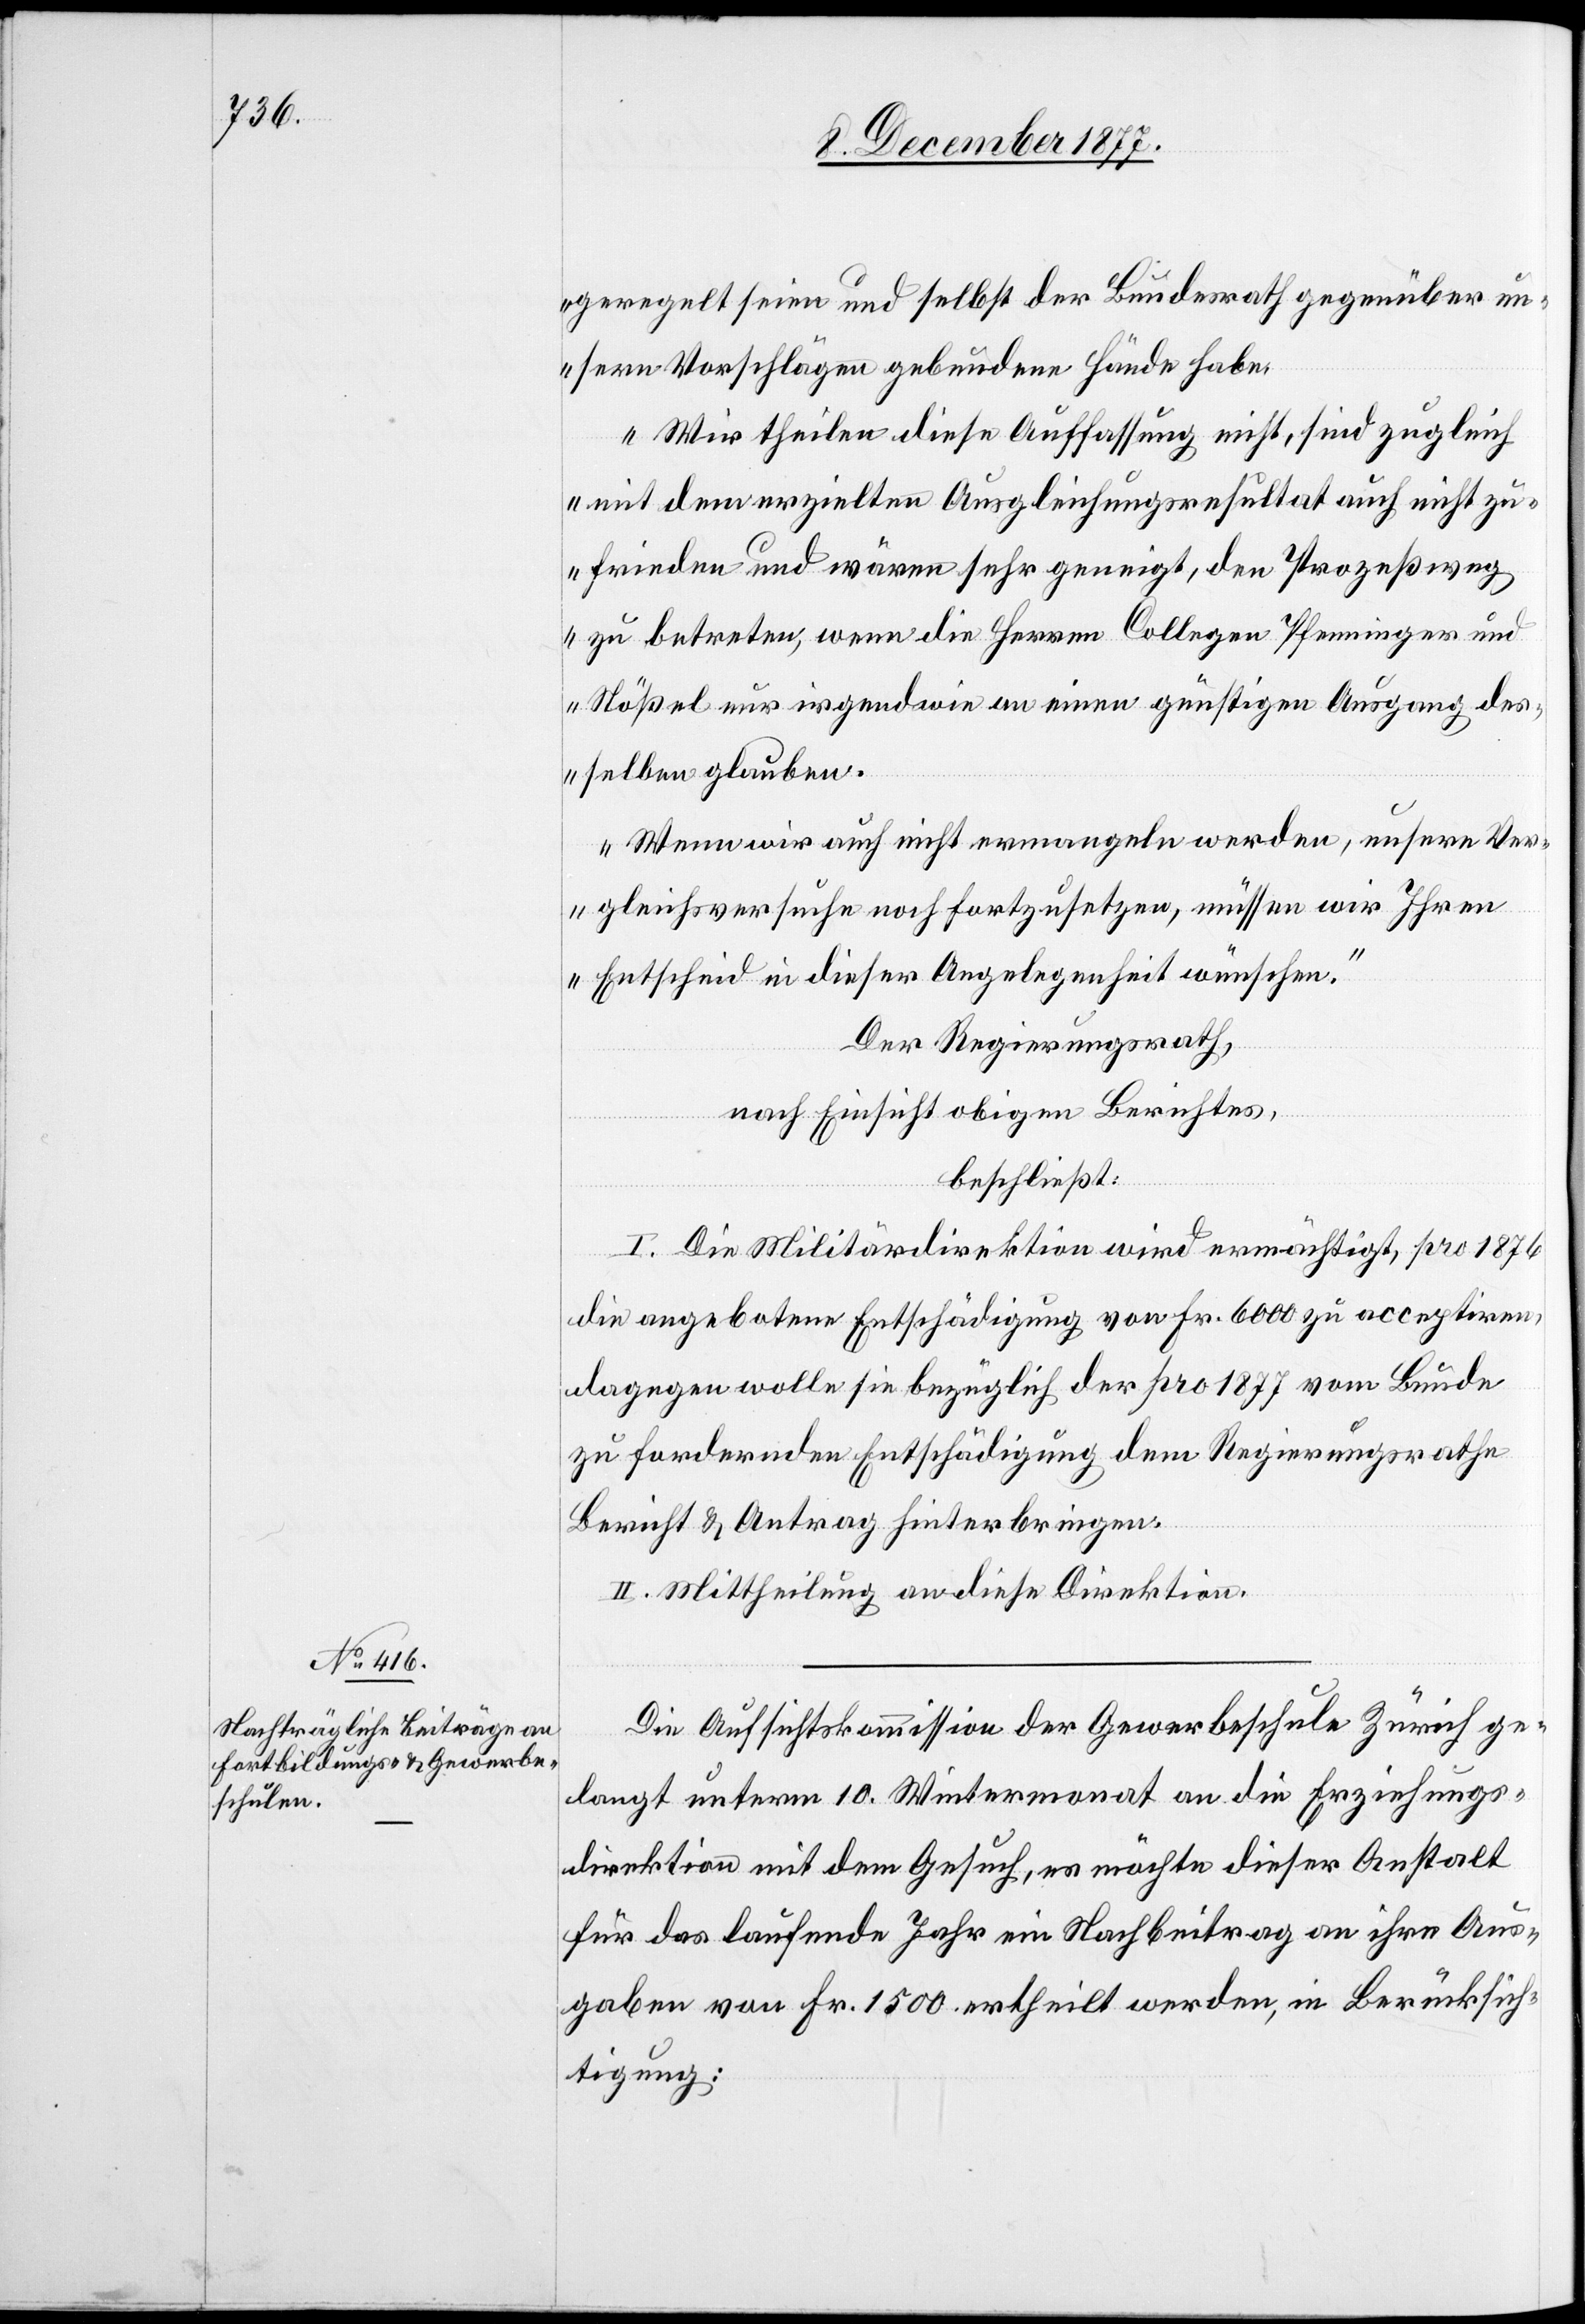
geregelt seien und selbst der Bundesrath gegenüber un¬
sern Vorschlägen gebundene Hände habe.
Wir theilen diese Auffassung nicht, sind zugleich
mit dem erzielten Ausgleichungsresultat auch nicht zu¬
frieden und wären sehr geneigt, den Prozeßweg
zu betreten, wenn die Herren Collegen Pfenninger und
Stößel nur irgendwie an einen günstigen Ausgang des¬
selben glauben.
Wenn wir auch nicht ermangeln werden, unsere Ver¬
gleichsversuche noch fortzusetzen, müssen wir Ihren
Entscheid in dieser Angelegenheit wünschen.“
Der Regierungsrath,
nach Einsicht obigen Berichtes,
beschließt:
I. Die Militärdirektion wird ermächtigt, pro 1876
die angebotene Entschädigung von Fr. 6000 zu acceptiren,
dagegen wolle sie bezüglich der pro 1877 vom Bunde
zu fordernden Entschädigung dem Regierungsrathe
Bericht & Antrag hinterbringen.
II. Mittheilung an diese Direktion.
Die Aufsichtskommission der Gewerbeschule Zürich ge¬
langt unterm 10. Wintermonat an die Erziehungs¬
direktion mit dem Gesuch, es möchte dieser Anstalt
für das laufende Jahr ein Nachbeitrag an ihre Aus¬
gaben von Fr. 1500 ertheilt werden, in Berücksich¬
tigung: